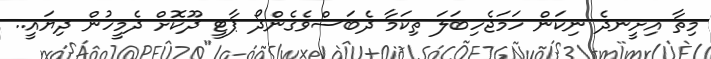
މިތާ އިށީނދެ ނިކަން ހަމަޖެހިބަލަ ތިކަމާ ދެބަސްވެގެންދޯ ޕާޓީ ދޫކޮށް ދެމީހުން ދިޔައީ..